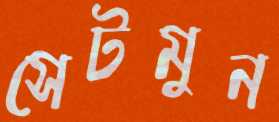
সেটমুন